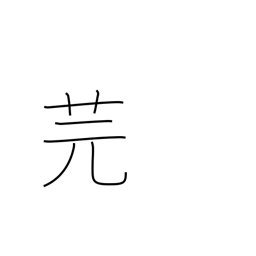
Meaning: type of vetch